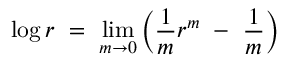
\log r \ = \ \operatorname* { l i m } _ { m \rightarrow 0 } \left( \frac { 1 } { m } r ^ { m } \ - \ \frac { 1 } { m } \right)